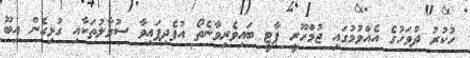
ހުކުރު ދުވަހުގެ އެއްވުމުގައި ޖުމްހޫރީ ޕާޓީ ބައިވެރިވާނެތޯ އުފެދިފައިވާ ސުވާލުތަކާއި ގުޅިގެން އިބޫ